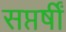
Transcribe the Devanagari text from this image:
सप्तर्षीं